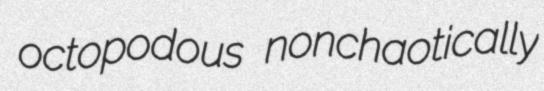
octopodous nonchaotically